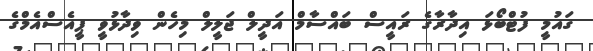
ގައުމީ ފުޓްބޯޅަ އިދާރާގެ ރައީސް ބައްސާމް އަދީލް ޖަލީލް މިހެން ވިދާޅުވީ ޕީއެސްއެމްގެ